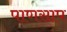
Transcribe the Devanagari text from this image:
पाणसाप